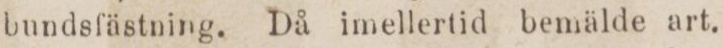
bundsfästning. Då imellertid bemälde art.